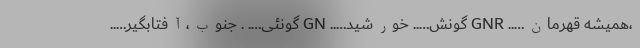
،همیشه قهرمان….. GNR گونش….. خورشید….. GN گونئی…. . جنوب،آفتابگیر…..